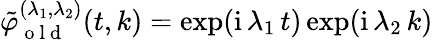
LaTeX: \begin{array}{r}{\tilde{\varphi}_{\mathrm{~o~l~d~}}^{(\lambda_{1},\lambda_{2})}(t,k)=\exp(\mathrm{i}\, \lambda_{1}\, t)\exp(\mathrm{i}\, \lambda_{2}\, k)}\end{array}